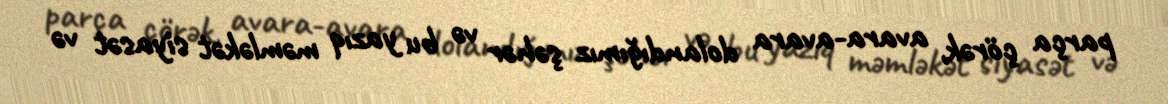
parça çörək, avara-avara dolandığımız şəhər və bu yazıq məmləkət siyasət və